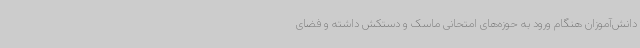
دانش‌آموزان هنگام ورود به حوزه‌های امتحانی ماسک و دستکش داشته و فضای